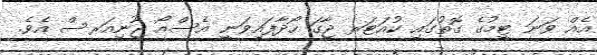
އެއް ވަނަ ޓީމުގެ ގޮތުގައި ކުއަޓަރ ޖާގަ ހޯދާފައިވަނީ އެސްއޯ ޖޫނިއަރސް އެވެ.